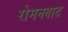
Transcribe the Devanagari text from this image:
रोमनवाद